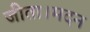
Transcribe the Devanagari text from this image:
जीता।मदन